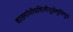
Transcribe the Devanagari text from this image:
शार्ङ्गामोघशिलीमुखेषुधियुत